Indian journal of veterinary science and animal husbandry - Volume 3,
Year: 1933
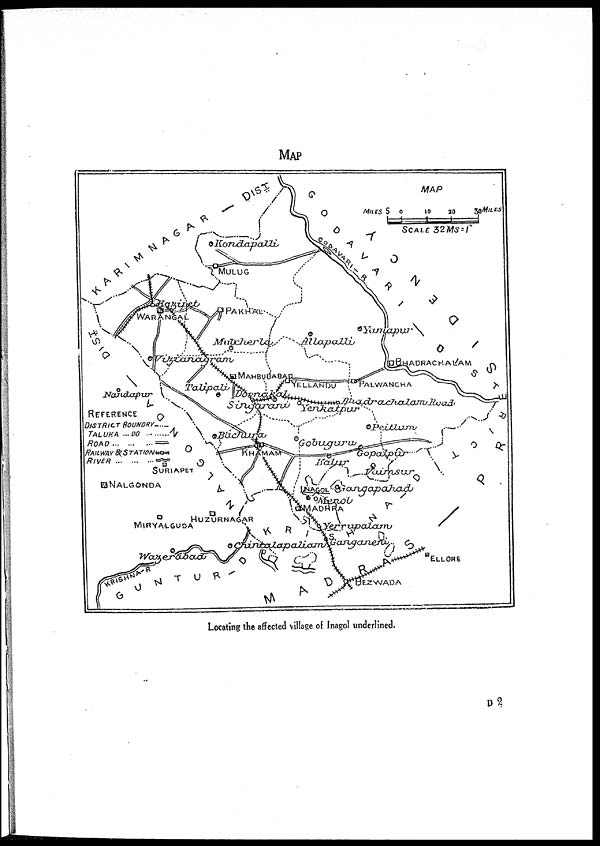
MAP
Locating the affected village of Inagol underlined.
D 2